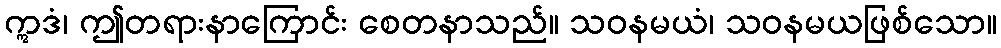
ဣဒံ၊ ဤတရားနာကြောင်း စေတနာသည်။ သဝနမယံ၊ သဝနမယဖြစ်သော။